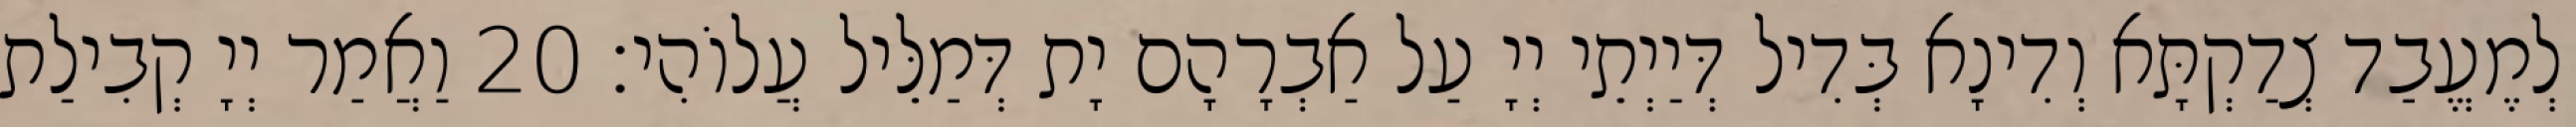
לְמֶעֱבַד צְדַקְתָּא וְדִינָא בְּדִיל דְּיַיְתֵי יְיָ עַל אַבְרָהָם יָת דְּמַלֵּיל עֲלוֹהִי׃ 20 וַאֲמַר יְיָ קְבִילַת